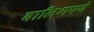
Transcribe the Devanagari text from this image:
बालिशपणे